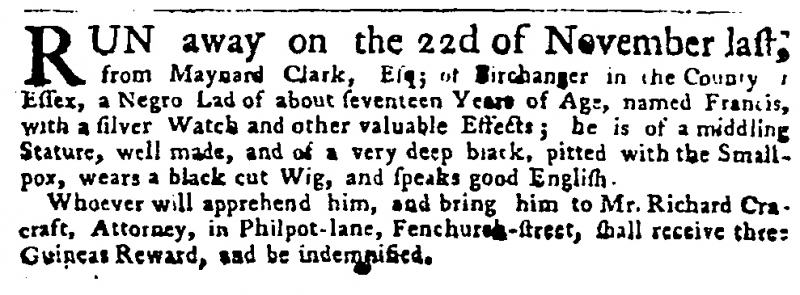
Public Advertiser, 5 December 1757 (England)
RUN away on the 22d of November last, from Maynard Clark, Esq; of Birchanger in the county [of] Essex, a Negro Lad of about seventeen Years of Age, named Francis, with a silver Watch and other valuable Effects; he is of a middling Stature, well made and of a very deep black, pitted with the Small-pox, wears a black cut Wig, and speaks good English.  Whoever will apprehend him, and bring him to Mr. Richard Cracraft, Attorney, in Philpot-lane, Fenchurch-street, shall receive three Guineas Reward, and be indemnified.